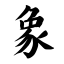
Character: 象